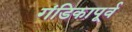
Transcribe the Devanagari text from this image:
गंडिकापूर्व